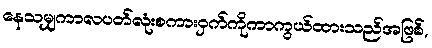
နေသမျှကာလပတ်လုံးစကားဝှက်ကိုကာကွယ်ထားသည်အဖြစ်,